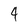
Character: 4